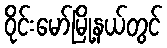
ဝိုင်းမော်မြို့နယ်တွင်